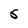
Character: 5